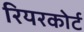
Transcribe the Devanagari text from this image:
रियरकोर्ट